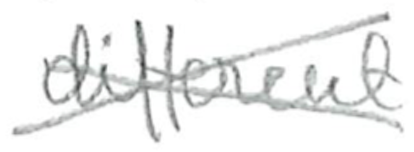
Text: different
Cross-out: cross
Writing tool: pencil